Document type: Sale
Year: 1235
Scribe: Pere de Bages
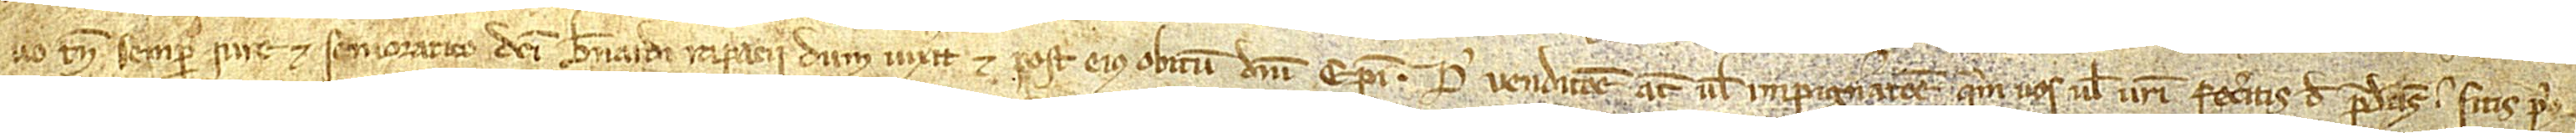
vo tamen semper iure et senioratico dicti Bernardi Rapacii dum vixerit, et post eius obitum domini episcopi. Pro vendicione autem vel impignoracione quem vos vel vestri feceritis de predictis sitis prius